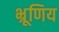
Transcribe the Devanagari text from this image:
भ्रूणिय